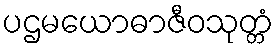
ပဌမယောဓာဇီဝသုတ္တံ